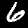
Label: 6